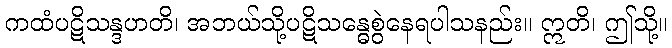
ကထံပဋိသန္ဒဟတိ၊ အဘယ်သို့ပဋိသန္ဓေစွဲနေရပါသနည်း။ ဣတိ၊ ဤသို့။